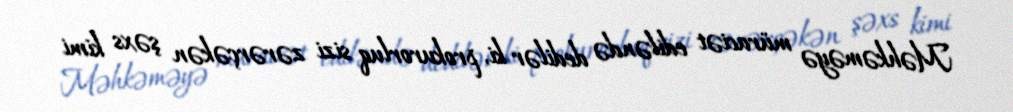
Məhkəməyə müraciət ediləndə dedilər ki, prokurorluq sizi zərərçəkən şəxs kimi